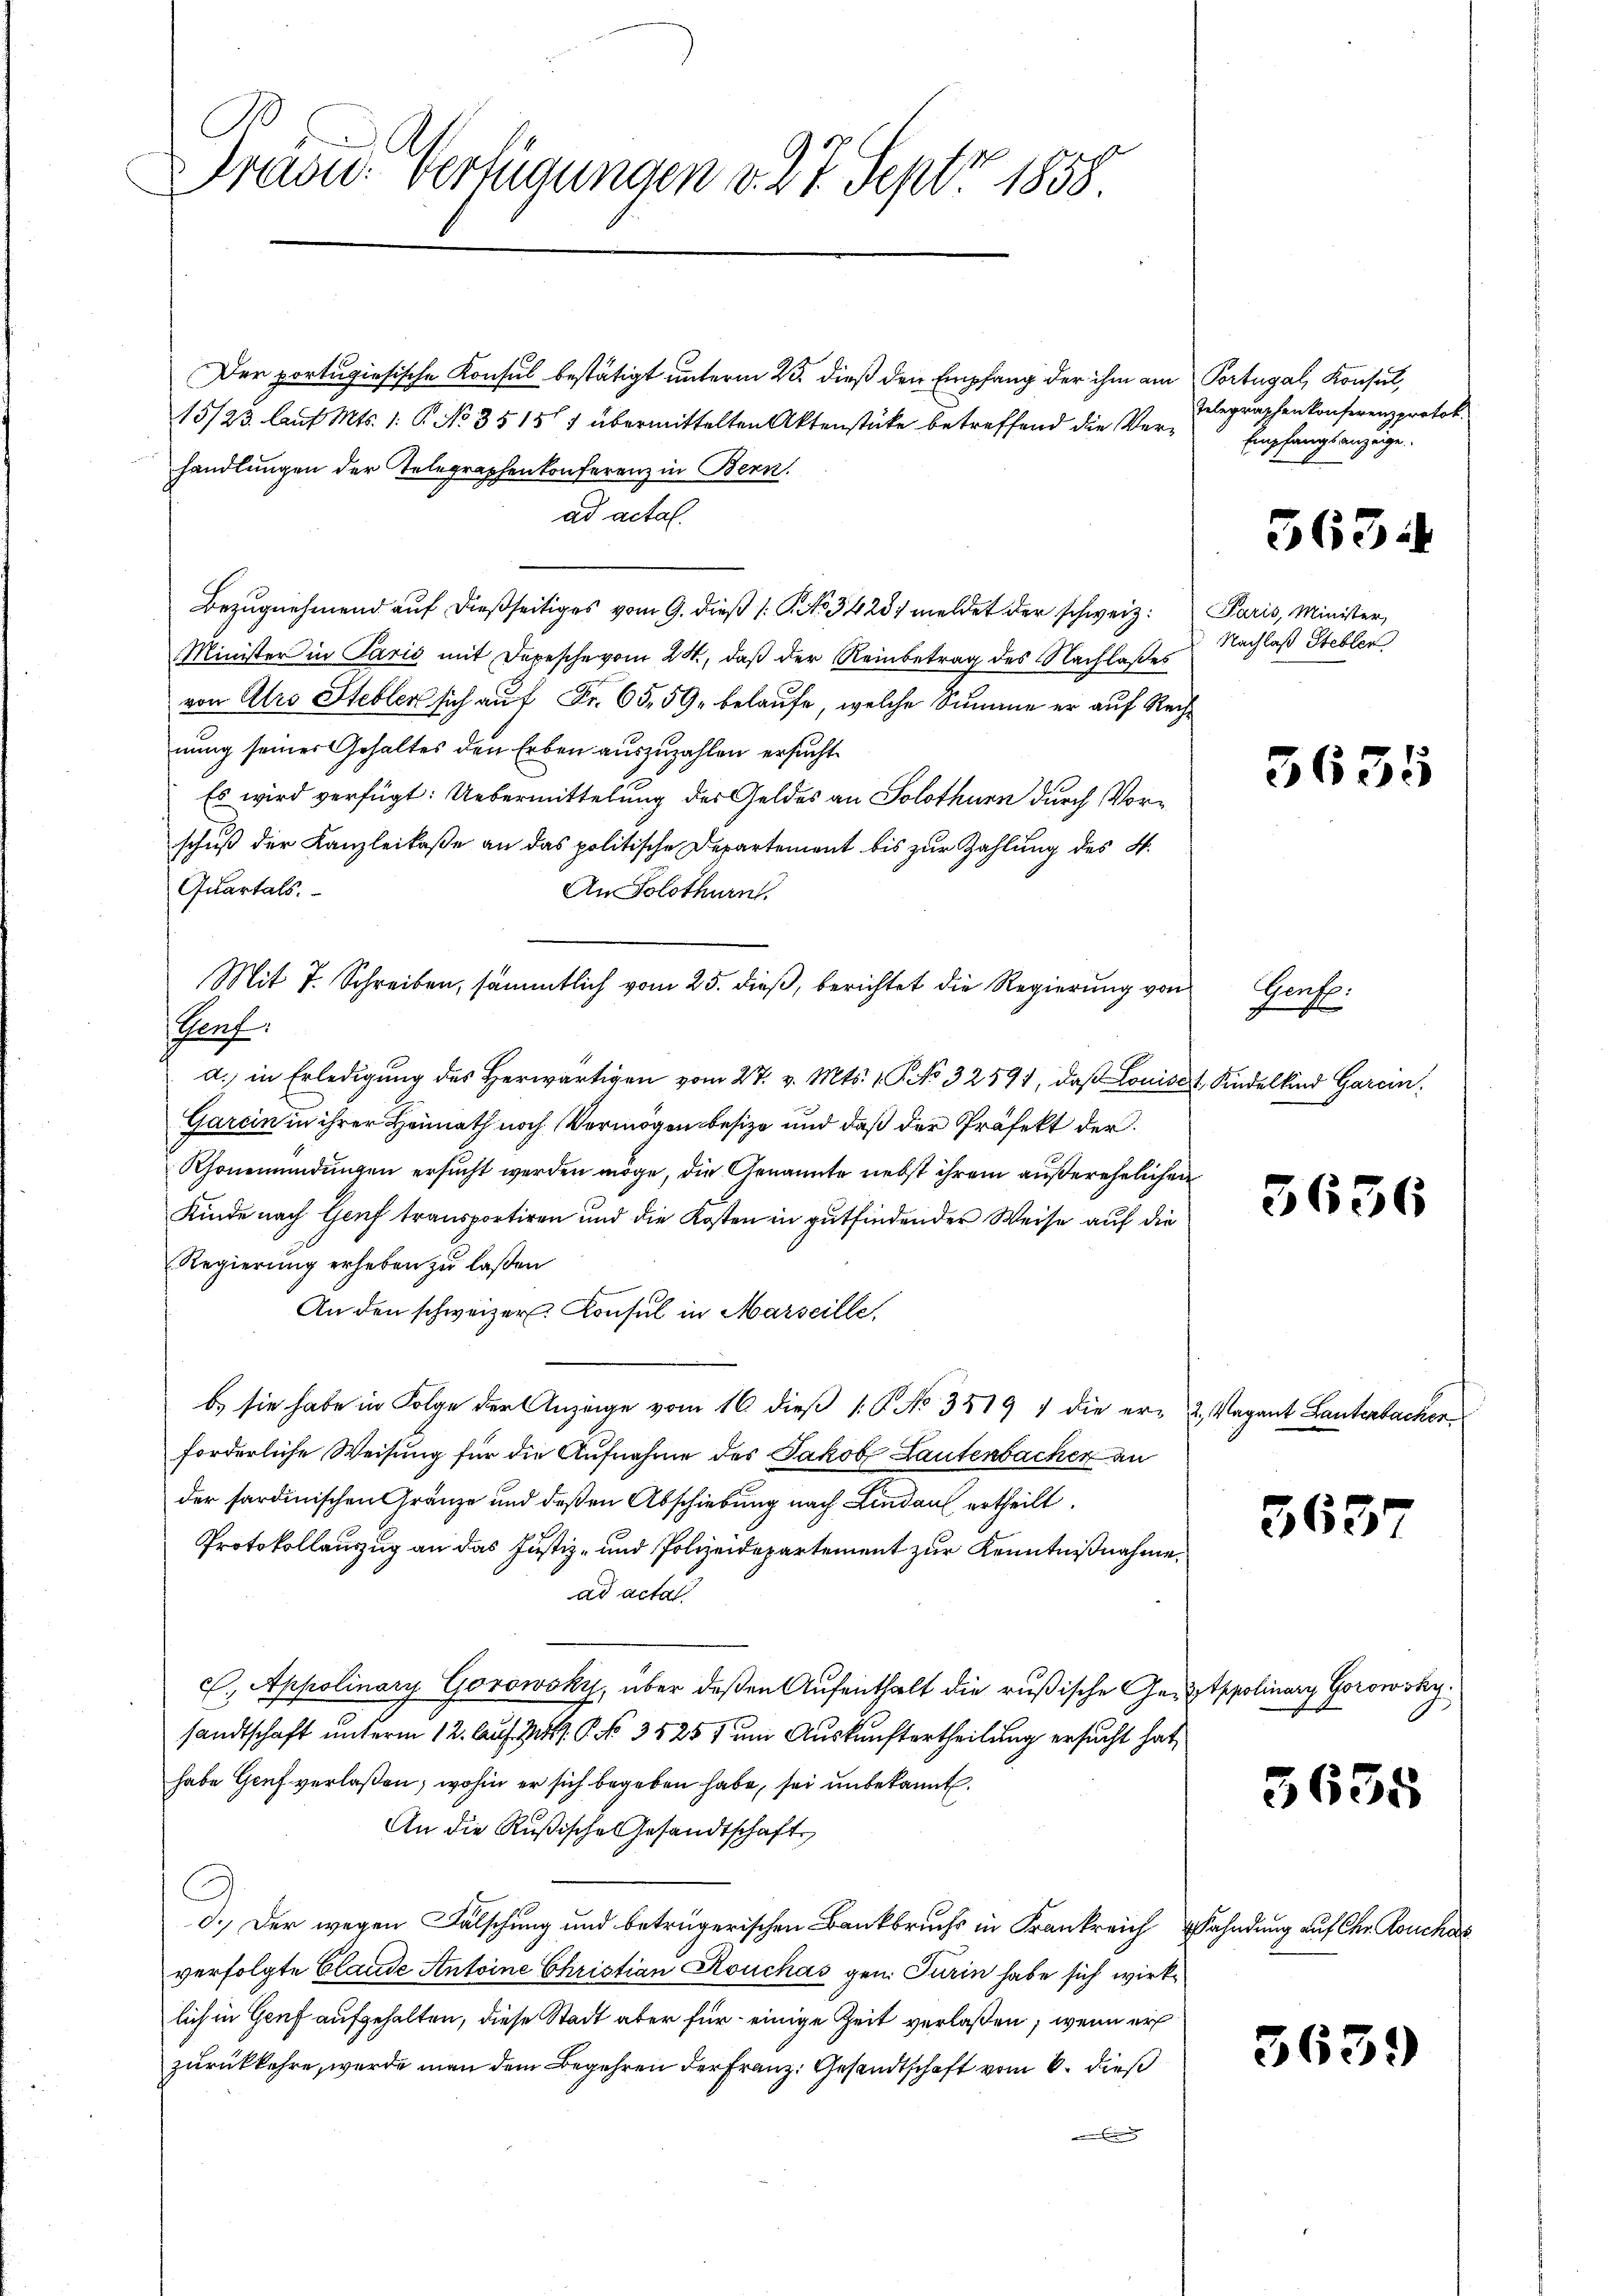
C
Drau. Verfügungen v. 27. Sept 1858

Der portugisische Konsul bestätigt unterm 23. dieß den Empfang der ihm am Portugal, Konsul,
15/23. Auf Mts. 1. P. No. 35157 übermittelten Aktenstücke betreffend die Verhandlungen der Telegraphenkonferenz in Bern.
ad actal.
Bezŭgnehmend auf dießseitiges vom 9. dieβ (: No 34281 meldet der schweiz. Paris, Minister,
Minister in Paris mit Depesche vom 24., daß der Reinbetrag des Nachlaßes
von Alro Stellen sich auf Fr. 65, 59, belaufe, welche Summe er auf Rechnung seiner Gehaltes den Erben auszuzahlen ersucht.
Es wird verfügt: Uebermittelung des Geldes an Solothurn durch Vorschuß der Kanzleikaße an das politische Departement bis zur Zahlung des H.
Quartals.
An Solothurn
Mit 7. Schreiben, sämmtlich vom 25. dieß, berichtet die Regierung von
Prof.
a. in Erledigung des herwärtigen vom 27. v. Mts. 1 P. No 32591, daβ Louiset, Kindelkind Garein.
Garein in ihrer Heimath noch Vermögen besize und daß der Präfekt der
Rhonemündungen ersucht werden möge, die Genannte nebst ihrem außerehelichen
Kinde nach Genf transportiren und die Kosten in gutfindender Weise auf die
Regierung erheben zu laßen
An den schweizer. Konsul in Marseille,
b. sie habe in Folge der Anzeige vom 16. dieß 18. No. 3519 1 die er- 2. Vagant Lantenbacher
forderliche Weisung für die Aufnahme des Jakob Lautenbacher an
der sardinischen Gränze und deßen Abschiebung nach Lindau ertheilt.
Protokollauszug an das Justiz- und Polizeidepartement zur Kenntnißnahme.
ad actat
C., Appolinary Gorowsky, über deßen Aufenthalt die rußische Gerätspolinar Gorowsky.
sandtschaft unterm 12. Auf M. P. No. 35255 um Auskunftertheilung ersucht hat,
habe Genf verlaßen; wohin er sich begeben habe, sei unbekannt.
An die Rußische Gesandtschaft
d.) Der wegen Fälschung und betrügerischen Bankbruchs in Frankreich ahndung auf Chr. Rouches
verfolgte Claude Antoine Christian Rouchas gen. Turin habe sich wirklich in Genf aufgehalten, diese Stadt aber für einige Zeit verlaßen, wenn er
zurückkehre, wurde man dem Begehren der Franz. Gesandtschaft vom 6. dieß

Telegraschenkonferenzprotok.
Empfangsanzeige.

363:

Nachlaß Stebler

3635

Gente:
s

3636

3637

machtest

5635

3639